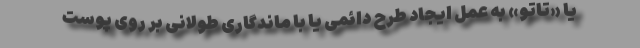
یا «تاتو» به عمل ایجاد طرح دائمی یا با ماندگاری طولانی بر روی پوست